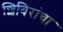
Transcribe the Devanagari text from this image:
शिबिरांचा